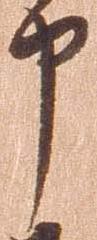
申